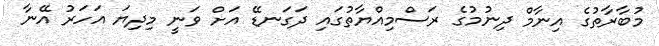
މުބާރާތުގެ އިނާމް ދިނުމުގެ ރަސްމިއްޔާތުގައި ދަގަނޑޭ އަށް ވަނީ މިދިޔަ އަހަރު އޭނާ